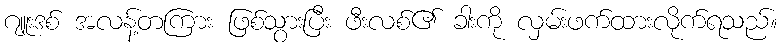
ဂျူးဒစ် အလန့်တကြား ဖြစ်သွားပြီး ဖီးလစ်၏ ခါးကို လှမ်းဖက်ထားလိုက်ရသည်။